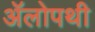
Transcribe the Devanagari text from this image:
ॲलोपथी